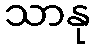
သာနု